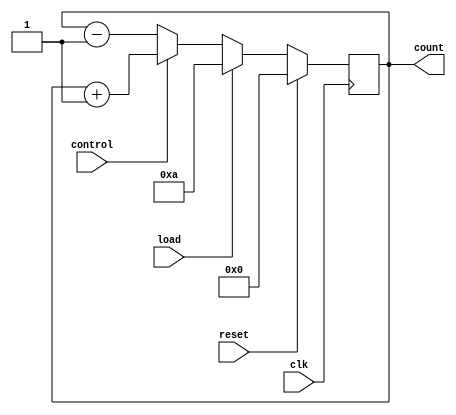
module up_down_counter (
    input clk,
    input reset,
    input load,
    input control,
    output reg [3:0] count
);

always @(posedge clk) begin
    if (reset) begin
        count <= 4'b0;
    end else if (load) begin
        count <= 4'b1010; // Example predetermined count value
    end else begin
        if (control) begin
            count <= count + 1;
        end else begin
            count <= count - 1;
        end
    end
end

endmodule